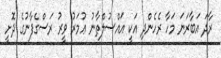
ރާދަ އަބާރަނަ މަހާ ރެހެންދި އަކީ އައްސުލްޠާނު ޢުމަރު ވީރު ރަސްގެފާނުގެ ދޮށީ